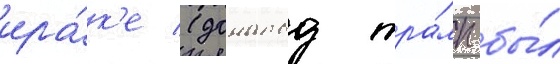
ира́к'е (дональд тра́мп бы́л